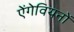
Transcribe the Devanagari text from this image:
ऐंगेवियनों